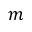
m